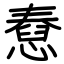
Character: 憃